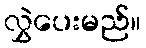
လွှဲပေးမည်။